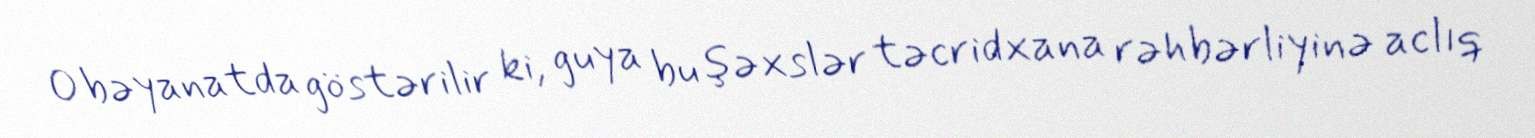
O bəyanatda göstərilir ki, guya bu şəxslər təcridxana rəhbərliyinə aclıq